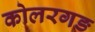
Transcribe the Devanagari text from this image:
कोलरगङ